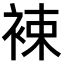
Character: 𧚏